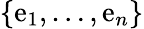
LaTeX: \{ \mathrm{e}_{1},\ldots,\mathrm{e}_{n}\}